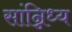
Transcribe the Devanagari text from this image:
सांन्निध्य